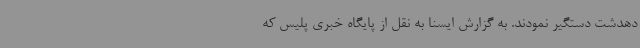
دهدشت دستگیر نمودند. به گزارش ایسنا به نقل از پایگاه خبری پلیس که